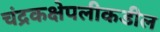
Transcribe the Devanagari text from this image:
चंद्रकक्षेपलीकडील